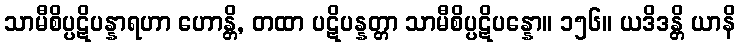
သာမီစိပ္ပဋိပန္နာရဟာ ဟောန္တိ, တထာ ပဋိပန္နတ္တာ သာမီစိပ္ပဋိပန္နော။ ၁၅၆။ ယဒိဒန္တိ ယာနိ